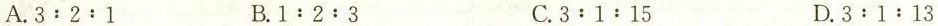
A. $$3:2:1$$ B.$$1:2:3$$ C.$$3:1:15$$ D.$$3:1:13$$